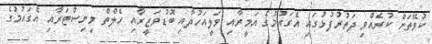
ކުވޭތަށް ކުރެއްވި ދަތުރުފުޅުގައި އެގައުމުގެ އަމީރާއި ވަލީއަހުދާއި ބޮޑުވަޒީރާއި ހެލްތް މިނިސްޓަރާއި އެގައުމުގެ